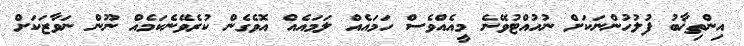
އިންތިޚާބު ފުލުހުންނަކަށް ނުހުއްޓުވޭނެ މީއެއްވެސް ހަމައެއް ލަމައެއް އޮވެގެން ކުރެވޭނެކަމެއް ނޫން ނަވާޒަކަށް